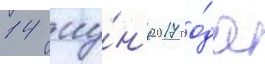
14 иу́н'я 2017 го́да